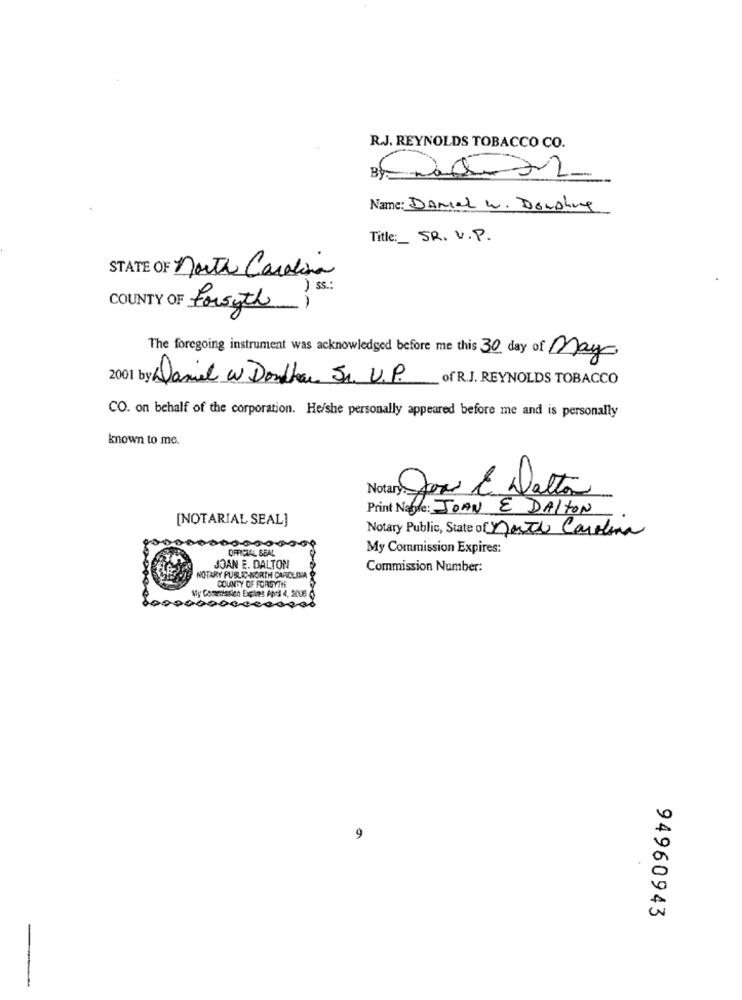
R.J. REYNOLDS TOBACCO CO.
Name: DAmal W. Donohue
Title: SR. U.P.
STATE OF north Carolina
) .
COUNTY OF Forsyth)
The foregoing instrument was acknowledged before me this 30 day of May
2001 by Daniel a Donthan Sr. U.P.
_ of R.J. REYNOLDS TOBACCO
CO. on behalf of the corporation. He/she personally appeared before me and is personally
known to me.
Jose & Detta
Print Nagle: JOAN E DALTON
[NOTARIAL SEAL]
Notary Public, State of North Carolina
OFFICIAL SEAL
My Commission Expires:
JOAN E. DALTON
Commission Number:
NOTARY PUBLIC-NORTH CAROLINA
My Commission Expiins AMi
COUNTY OF FORSYTH
9
94960943